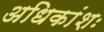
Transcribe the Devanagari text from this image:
अधिकांशः